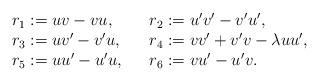
LaTeX: \begin{align*}\begin{array}{lll}r_1 := uv-vu, &&r_2 := u'v'-v'u',\\r_3 := uv'-v'u, &&r_4 := vv'+v'v-\lambda uu',\\r_5 := uu'-u'u,&&r_6 := vu'-u'v.\end{array}\end{align*}